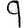
Digit: 9